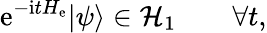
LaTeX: \mathrm{e}^{-\mathrm{i}tH_{\mathrm{e}}}|\psi\rangle\in\mathcal{H}_{1}\qquad\forall t,